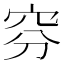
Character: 𥥄